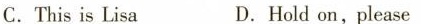
C.This is Lisa D.Hold on,please